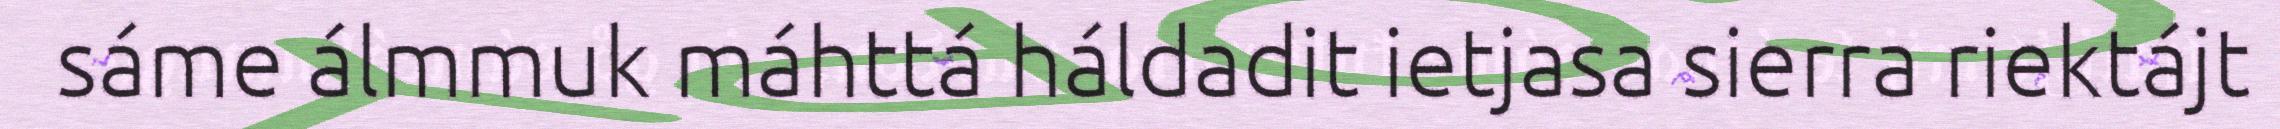
sáme álmmuk máhttá háldadit ietjasa sierra riektájt